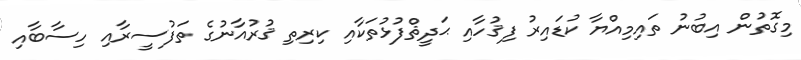
މިގޮތުން އިބުނު ތައިމިއްޔާ ކުޑައިރު ފިޤުހާއި ޙަދީޘްފުޅުތަކާއި ކިރިތި ޤުރުއާނުގެ ތަފުސީރާއި ހިސާބާއި